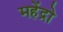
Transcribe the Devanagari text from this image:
महेंद्रो